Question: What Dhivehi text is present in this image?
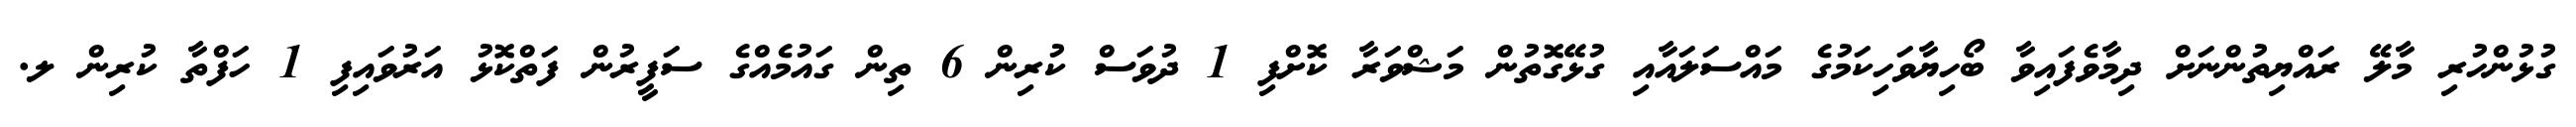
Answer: ގުޅުންހުރި މާލޭ ރައްޔިތުންނަށް ދިމާވެފައިވާ ބޯހިޔާވަހިކަމުގެ މައްސަލައާއި ގުޅޭގޮތުން މަޝްވަރާ ކޮށްފި 1 ދުވަސް ކުރިން 6 ތިން ގައުމެއްގެ ސަފީރުން ފަތްކޮޅު އަރުވައިފި 1 ހަފްތާ ކުރިން ލ.